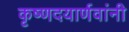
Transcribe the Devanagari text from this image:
कृष्णदयार्णवांनी